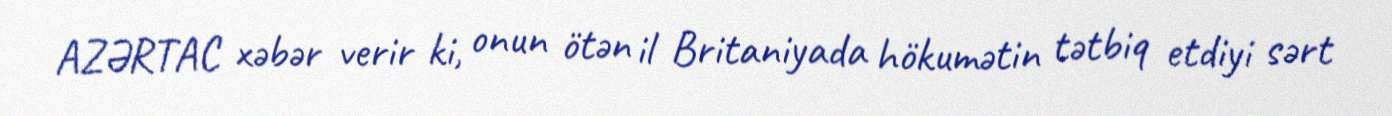
AZƏRTAC xəbər verir ki, onun ötən il Britaniyada hökumətin tətbiq etdiyi sərt